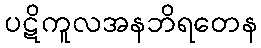
ပဋိကူလအနဘိရတေန